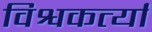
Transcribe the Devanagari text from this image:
विश्वकर्त्या